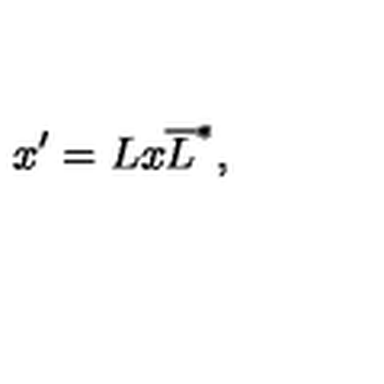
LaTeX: x ^ { \prime } = L x \overline { { L } } ^ { * } ,